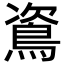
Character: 䳐